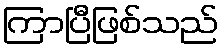
ကြာပြီဖြစ်သည်